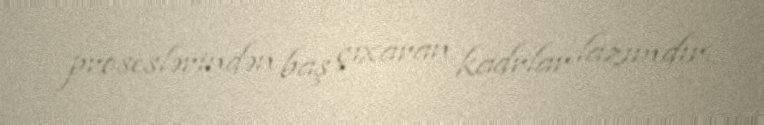
proseslərindən baş çıxaran kadrlar lazımdır.